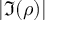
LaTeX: | \Im ( \rho ) |